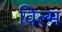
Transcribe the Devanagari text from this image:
विल्म